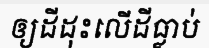
ឲ្យដីដុះលើដីធ្លាប់